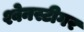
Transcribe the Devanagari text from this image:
श्वेनस्टीगर